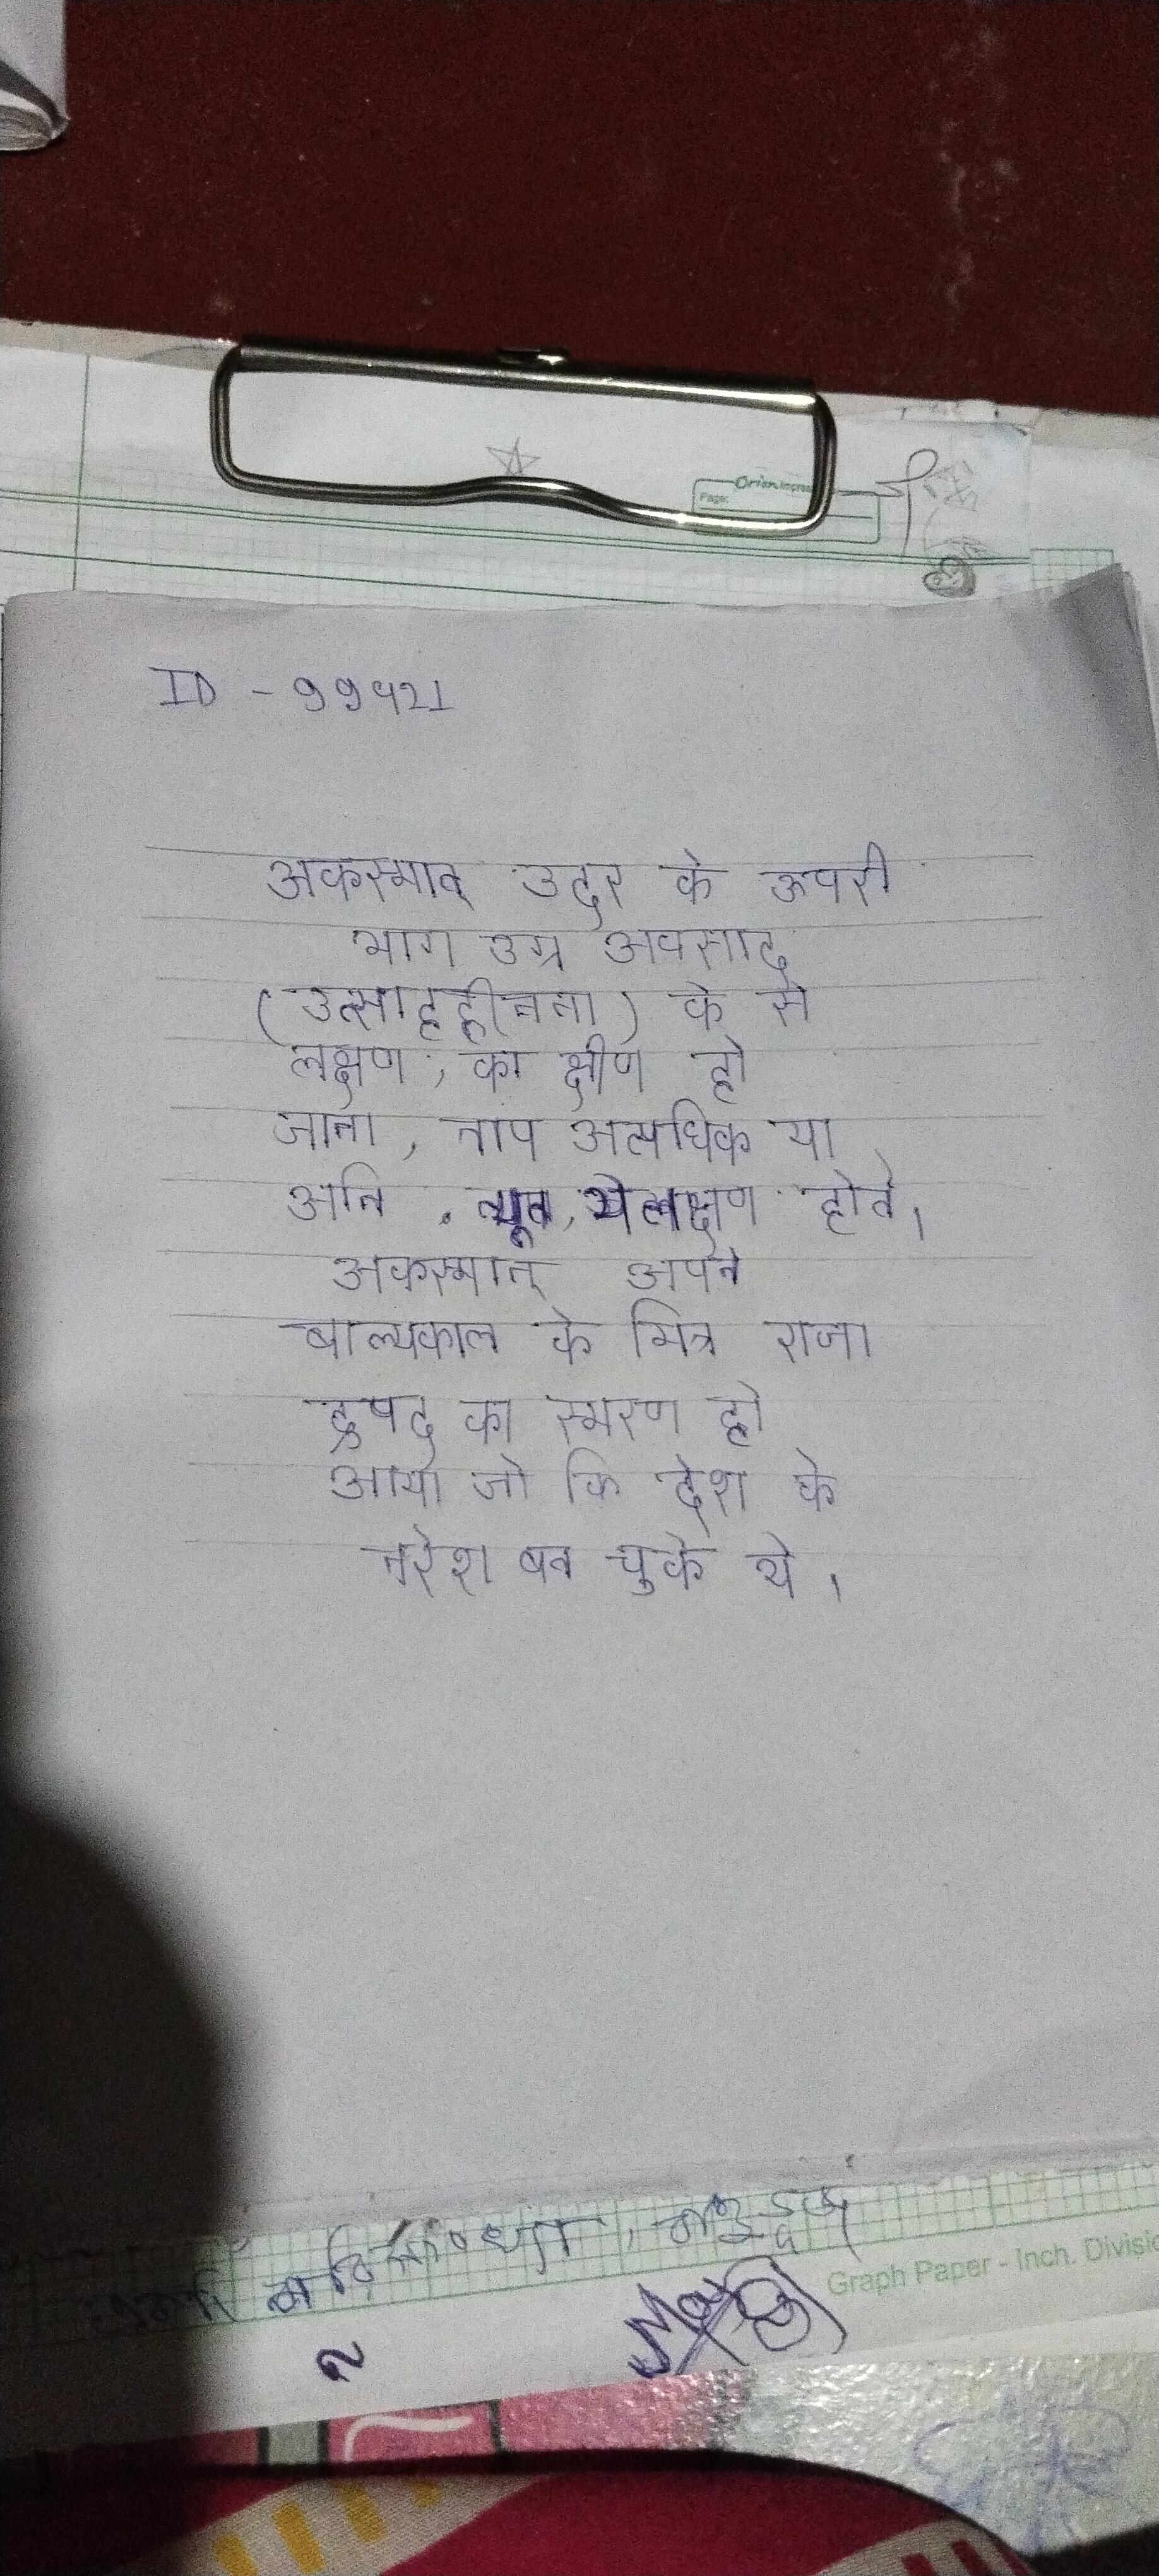
अकस्मात् उदर के ऊपरी भाग उग्र अवसाद (उत्साहहीनता) के से लक्षण, का क्षीण हो जाना, ताप अत्यधिक या अति न्यून, ये लक्षण होते । अकस्मात् अपने बाल्यकाल के मित्र राजा द्रुपद का स्मरण हो आया जो कि देश के नरेश बन चुके थे ।